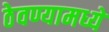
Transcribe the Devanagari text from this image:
ठेवण्यामध्ये